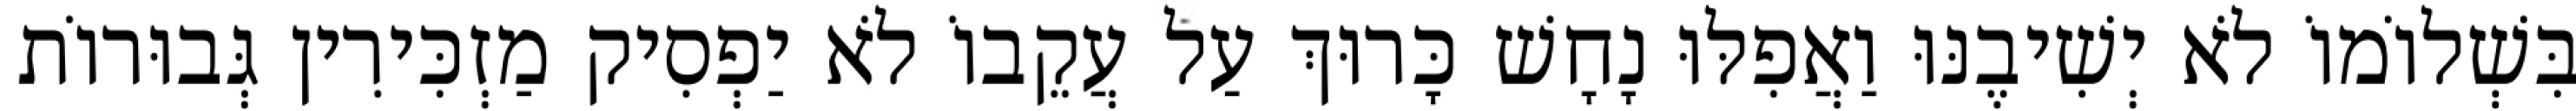
בִּשְׁלוֹמוֹ לֹא יְשִׁיבֶנּוּ וַאֲפִלּוּ נָחָשׁ כָּרוּךְ עַל עֲקֵבוֹ לֹא יַפְסִיק מַזְכִּירִין גְּבוּרוֹת